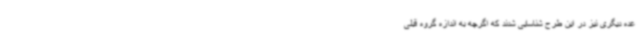
عده دیگری نیز در این طرح شناسایی شدند که اگرچه به اندازه گروه قبلی